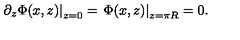
\left. \partial _ { z } \Phi ( x , z ) \right| _ { z = 0 } = \left. \Phi ( x , z ) \right| _ { z = \pi R } = 0 .